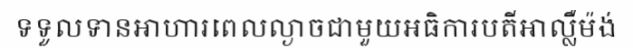
ទទួលទានអាហារពេលល្ងាចជាមួយអធិការបតីអាល្លឺម៉ង់